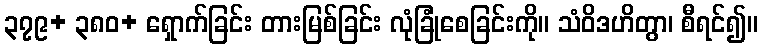
၃၇၉+ ၃၈၀+ ရှောက်ခြင်း တားမြစ်ခြင်း လုံခြုံစေခြင်းကို။ သံဝိဒဟိတွာ၊ စီရင်၍။